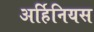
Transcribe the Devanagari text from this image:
अर्हिनियस